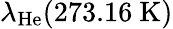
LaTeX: \lambda_{\mathrm{He}}(273.16~\mathrm{K})